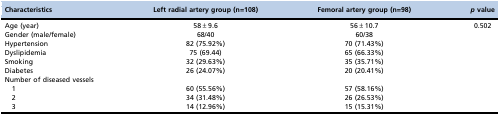
<table><thead><tr><td><b>Characteristics</b></td><td><b>Left radial artery group (n=108)</b></td><td><b>Femoral artery group (n=98)</b></td><td><b><i>p</i> value</b></td></tr></thead><tbody><tr><td>Age (year)</td><td>58±9.6</td><td>56±10.7</td><td>0.502</td></tr><tr><td>Gender (male/female)</td><td>68/40</td><td>60/38</td><td></td></tr><tr><td>Hypertension</td><td>82 (75.92%)</td><td>70 (71.43%)</td><td></td></tr><tr><td>Dyslipidemia</td><td>75 (69.44)</td><td>65 (66.33%)</td><td></td></tr><tr><td>Smoking</td><td>32 (29.63%)</td><td>35 (35.71%)</td><td></td></tr><tr><td>Diabetes</td><td>26 (24.07%)</td><td>20 (20.41%)</td><td></td></tr><tr><td>Number of diseased vessels</td><td></td><td></td><td></td></tr><tr><td>1</td><td>60 (55.56%)</td><td>57 (58.16%)</td><td></td></tr><tr><td>2</td><td>34 (31.48%)</td><td>26 (26.53%)</td><td></td></tr><tr><td>3</td><td>14 (12.96%)</td><td>15 (15.31%)</td><td></td></tr></tbody></table>